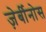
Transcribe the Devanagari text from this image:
ज़ेर्बीनोस